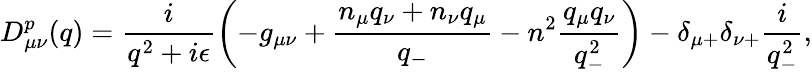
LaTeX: D_{{\mu}{\nu}}^{p}(q)=\frac{i}{q^{2}+i{\epsilon}}\left(-g_{{\mu}{\nu}}+\frac{n_{\mu}q_{\nu}+n_{\nu}q_{\mu}}{q_{-}}-n^{2}\frac{q_{\mu}q_{\nu}}{q_{-}^{2}}\right)-{\delta}_{{\mu}+}{\delta}_{{\nu}+}\frac{i}{q_{-}^{2}},